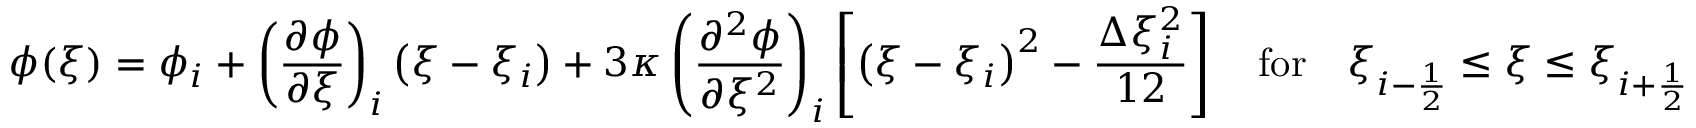
\phi ( \xi ) = \phi _ { i } + \left( \frac { \partial \phi } { \partial \xi } \right) _ { i } \left( \xi - \xi _ { i } \right) + 3 \kappa \left( \frac { \partial ^ { 2 } \phi } { \partial \xi ^ { 2 } } \right) _ { i } \left[ \left( \xi - \xi _ { i } \right) ^ { 2 } - \frac { \Delta \xi _ { i } ^ { 2 } } { 1 2 } \right] \quad \mathrm { f o r } \quad \xi _ { i - \frac { 1 } { 2 } } \le \xi \le \xi _ { i + \frac { 1 } { 2 } }